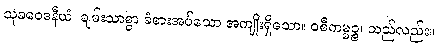
သုခဝေဒနီယံ၊ ချမ်းသာစွာ ခံစားအပ်သော အကျိုးရှိသော။ ဝစီကမ္မဉ္စ၊ သည်လည်း။